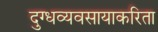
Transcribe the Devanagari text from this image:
दुग्धव्यवसायाकरिता